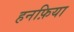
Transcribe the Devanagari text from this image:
हनफ़िया